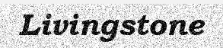
Livingstone